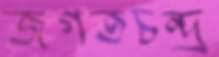
জগতচন্দ্র